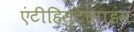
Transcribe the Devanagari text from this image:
एंटीहिस्टामाइंस